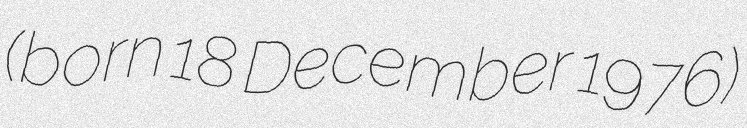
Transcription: (born 18 December 1976)